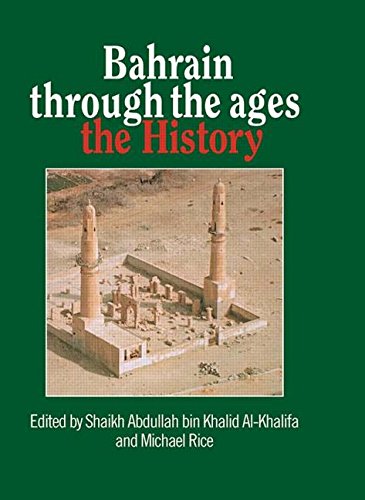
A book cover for Bahrain Through The Ages; Al-Khalifa; History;